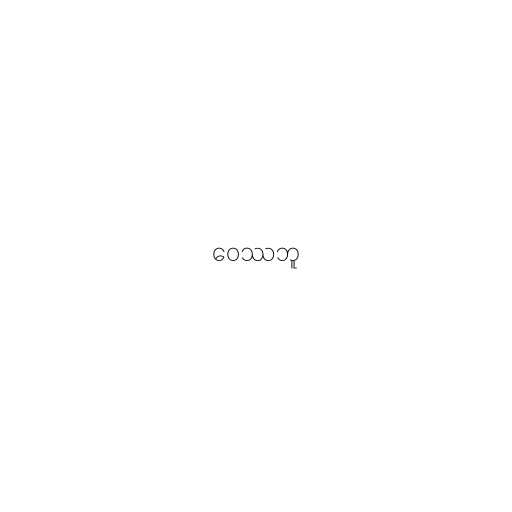
ဝေဿဘူ